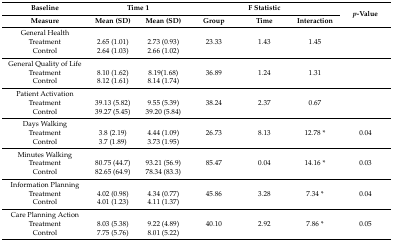
<table><thead><tr><td><b>Baseline</b></td><td colspan="2"><b>Time 1</b></td><td colspan="3"><b>F Statistic</b></td><td rowspan="2"><b><i>p</i>-Value</b></td></tr><tr><td><b>Measure</b></td><td><b>Mean (SD)</b></td><td><b>Mean (SD)</b></td><td><b>Group</b></td><td><b>Time</b></td><td><b>Interaction</b></td></tr></thead><tbody><tr><td>General Health</td><td></td><td></td><td></td><td></td><td></td><td></td></tr><tr><td>Treatment</td><td>2.65 (1.01)</td><td>2.73 (0.93)</td><td>23.33</td><td>1.43</td><td>1.45</td><td></td></tr><tr><td>Control</td><td>2.64 (1.03)</td><td>2.66 (1.02)</td><td></td><td></td><td></td><td></td></tr><tr><td>General Quality of Life</td><td></td><td></td><td></td><td></td><td></td><td></td></tr><tr><td>Treatment</td><td>8.10 (1.62)</td><td>8.19(1.68)</td><td>36.89</td><td>1.24</td><td>1.31</td><td></td></tr><tr><td>Control</td><td>8.12 (1.61)</td><td>8.14 (1.74)</td><td></td><td></td><td></td><td></td></tr><tr><td>Patient Activation</td><td></td><td></td><td></td><td></td><td></td><td></td></tr><tr><td>Treatment</td><td>39.13 (5.82)</td><td>9.55 (5.39)</td><td>38.24</td><td>2.37</td><td>0.67</td><td></td></tr><tr><td>Control</td><td>39.27 (5.45)</td><td>39.20 (5.84)</td><td></td><td></td><td></td><td></td></tr><tr><td>Days Walking</td><td></td><td></td><td></td><td></td><td></td><td></td></tr><tr><td>Treatment</td><td>3.8 (2.19)</td><td>4.44 (1.09)</td><td>26.73</td><td>8.13</td><td>12.78 *</td><td>0.04</td></tr><tr><td>Control</td><td>3.7 (1.89)</td><td>3.73 (1.95)</td><td></td><td></td><td></td><td></td></tr><tr><td>Minutes Walking</td><td></td><td></td><td></td><td></td><td></td><td></td></tr><tr><td>Treatment</td><td>80.75 (44.7)</td><td>93.21 (56.9)</td><td>85.47</td><td>0.04</td><td>14.16 *</td><td>0.03</td></tr><tr><td>Control</td><td>82.65 (64.9)</td><td>78.34 (83.3)</td><td></td><td></td><td></td><td></td></tr><tr><td>Information Planning</td><td></td><td></td><td></td><td></td><td></td><td></td></tr><tr><td>Treatment</td><td>4.02 (0.98)</td><td>4.34 (0.77)</td><td>45.86</td><td>3.28</td><td>7.34 *</td><td>0.04</td></tr><tr><td>Control</td><td>4.01 (1.23)</td><td>4.11 (1.37)</td><td></td><td></td><td></td><td></td></tr><tr><td>Care Planning Action</td><td></td><td></td><td></td><td></td><td></td><td></td></tr><tr><td>Treatment</td><td>8.03 (5.38)</td><td>9.22 (4.89)</td><td>40.10</td><td>2.92</td><td>7.86 *</td><td>0.05</td></tr><tr><td>Control</td><td>7.75 (5.76)</td><td>8.01 (5.22)</td><td></td><td></td><td></td><td></td></tr></tbody></table>